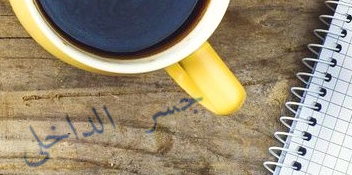
جسر الداخلي